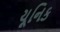
યૂનિક